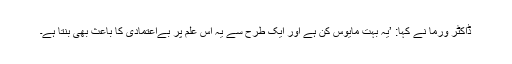
ڈاکٹر ورما نے کہا: ’یہ بہت مایوس کن ہے اور ایک طرح سے یہ اس علم پر بےاعتمادی کا باعث بھی بنتا ہے۔